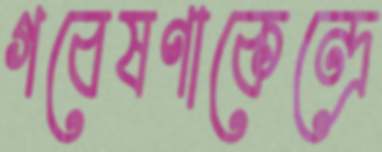
গবেষণাকেন্দ্রে